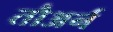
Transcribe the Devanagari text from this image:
तौअर्न